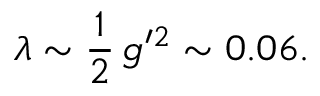
\lambda \sim \frac { 1 } { 2 } \, g ^ { \prime 2 } \sim 0 . 0 6 .